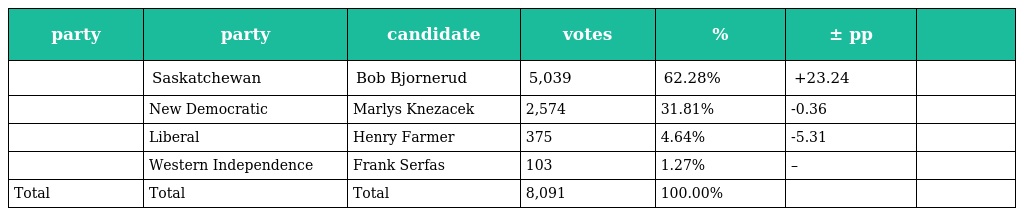
| party | party | candidate | votes | % | ± pp |  |
 | --- | --- | --- | --- | --- | --- | --- |
 |  | Saskatchewan | Bob Bjornerud | 5,039 | 62.28% | +23.24 |  |
 |  | New Democratic | Marlys Knezacek | 2,574 | 31.81% | -0.36 |  |
 |  | Liberal | Henry Farmer | 375 | 4.64% | -5.31 |  |
 |  | Western Independence | Frank Serfas | 103 | 1.27% | – |  |
 | Total | Total | Total | 8,091 | 100.00% |  |  |